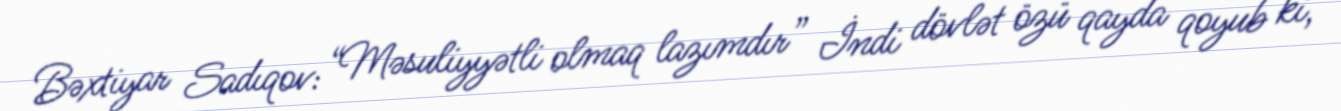
Bəxtiyar Sadıqov: “Məsuliyyətli olmaq lazımdır” İndi dövlət özü qayda qoyub ki,